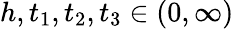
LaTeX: h,t_{1},t_{2},t_{3}\in(0,\infty)